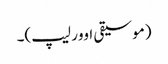
(موسیقی اوور لیپ)۔